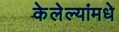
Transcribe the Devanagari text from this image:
केलेल्यांमधे